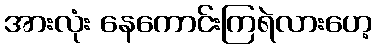
အားလုံး နေကောင်းကြရဲလားဟေ့